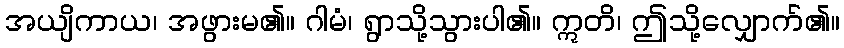
အယျိကာယ၊ အဖွားမ၏။ ဂါမံ၊ ရွာသို့သွားပါ၏။ ဣတိ၊ ဤသို့လျှောက်၏။